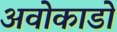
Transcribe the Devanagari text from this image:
अवोकाडो